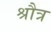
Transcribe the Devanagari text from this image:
श्रौत्र